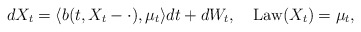
\begin{align*} dX_t=\langle b(t,X_t-\cdot),\mu_t\rangle dt+dW_t,\quad\operatorname{Law}(X_t)=\mu_t,\end{align*}